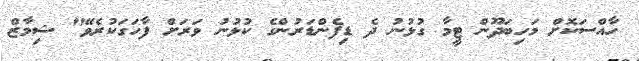
ހާއްސަކޮށް މަހިބަދޫން ޓީމާ ގުޅުނު ދެ ޑިފެންޑަރުންގެ ކުޅުނު ވަރަށް ފާހަގަކުރެވޭ" ޝިމާޒް